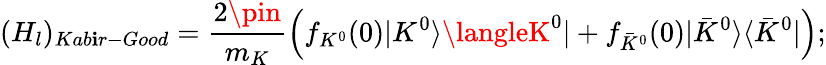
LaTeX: (H_{l})_{Kab\mathbf{i}r-Good}=\frac{{2\pin}}{{m_{K}}}\left(f_{K^{0}}(0)|K^{0}\rangle\langleK^{0}|+f_{\bar{{K}}^{0}}(0)|\bar{{K}}^{0}\rangle\langle\bar{{K}}^{0}|\right);